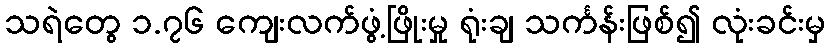
သရဲတွေ ၁.၇၆ ကျေးလက်ဖွံ့ဖြိုးမှု ရုံးချ သင်္ကန်းဖြစ်၍ လုံးခင်းမှ